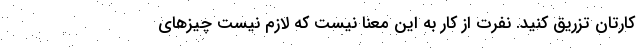
کارتان تزریق کنید. نفرت از کار به این معنا نیست که لازم نیست چیزهای